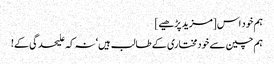
ہم خود اس [مزید پڑھیے]
ہم چین سے خودمختاری کے طالب ہیں‘ نہ کہ علیحدگی کے!